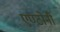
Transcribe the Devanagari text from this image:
एण्टोनी